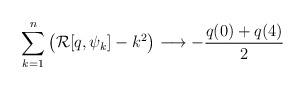
LaTeX: \begin{align*}\sum_{k=1}^n \left(\mathcal{R}[q,\psi_k] - k^2\right) \longrightarrow -\frac{q(0)+q(4)}{2}\end{align*}